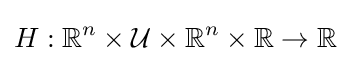
H:\mathbb {R} ^{n}\times {\mathcal {U}}\times \mathbb {R} ^{n}\times \mathbb {R} \to \mathbb {R}